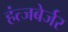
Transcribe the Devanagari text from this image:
हंत्जबेर्जर